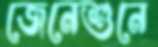
জেনেশুনে